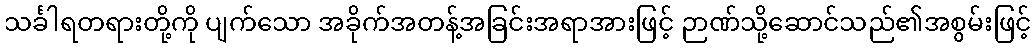
သင်္ခါရတရားတို့ကို ပျက်သော အခိုက်အတန့်အခြင်းအရာအားဖြင့် ဉာဏ်သို့ဆောင်သည်၏အစွမ်းဖြင့်